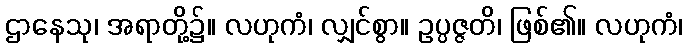
ဌာနေသု၊ အရာတို့၌။ လဟုကံ၊ လျှင်စွာ။ ဥပ္ပဇ္ဇတိ၊ ဖြစ်၏။ လဟုကံ၊